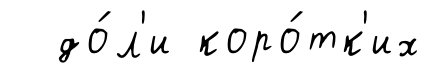
до́л'и коро́тк'их